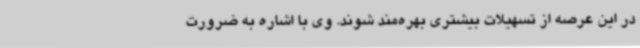
در این عرصه از تسهیلات بیشتری بهره‌مند شوند. وی با اشاره به ضرورت